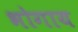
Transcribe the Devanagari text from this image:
भोगाय